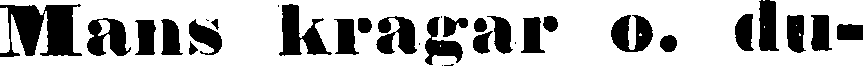
Mans kragar o. du-